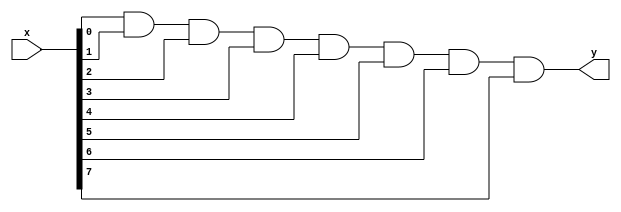
`timescale 1ns / 1ps
    module and8 #
    (
        parameter LENGTH=8
    )
    (
        input [LENGTH-1:0]x,
        output y
    );
    wire [LENGTH:0]chain;
    assign chain[0] = 1'b1;
    genvar i;
    generate
        for(i = 0; i < LENGTH; i = i + 1)
        begin
            assign chain[i+1] = chain[i] & x[i];
        end
    endgenerate
    assign y = chain[LENGTH];
endmodule